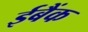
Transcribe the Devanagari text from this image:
ईबैंक